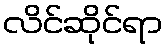
လိင်ဆိုင်ရာ